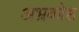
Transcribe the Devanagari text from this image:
अभ्रकोष्ठ